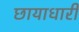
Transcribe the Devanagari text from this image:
छायाधारी